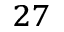
^ { 2 7 }